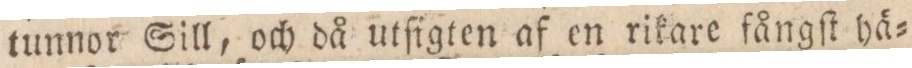
tunnor Sill, och då utſigten af en rikare fångſt hä=